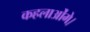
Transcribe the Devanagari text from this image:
कहलाओंगे।